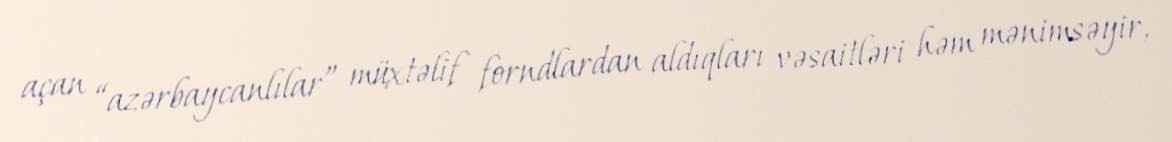
açan “azərbaycanlılar” müxtəlif forndlardan aldıqları vəsaitləri həm mənimsəyir,